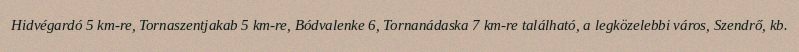
Hidvégardó 5 km-re, Tornaszentjakab 5 km-re, Bódvalenke 6, Tornanádaska 7 km-re található, a legközelebbi város, Szendrő, kb.